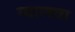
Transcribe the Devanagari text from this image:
ग्यालवा